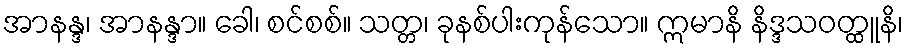
အာနန္ဒ၊ အာနန္ဒာ။ ခေါ၊ စင်စစ်။ သတ္တ၊ ခုနစ်ပါးကုန်သော။ ဣမာနိ နိဒ္ဒသဝတ္ထူနိ၊